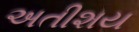
અતીશય